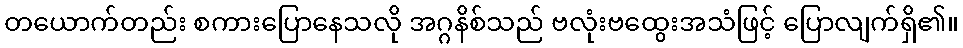
တယောက်တည်း စကားပြောနေသလို အဂ္ဂနိစ်သည် ဗလုံးဗထွေးအသံဖြင့် ပြောလျက်ရှိ၏။